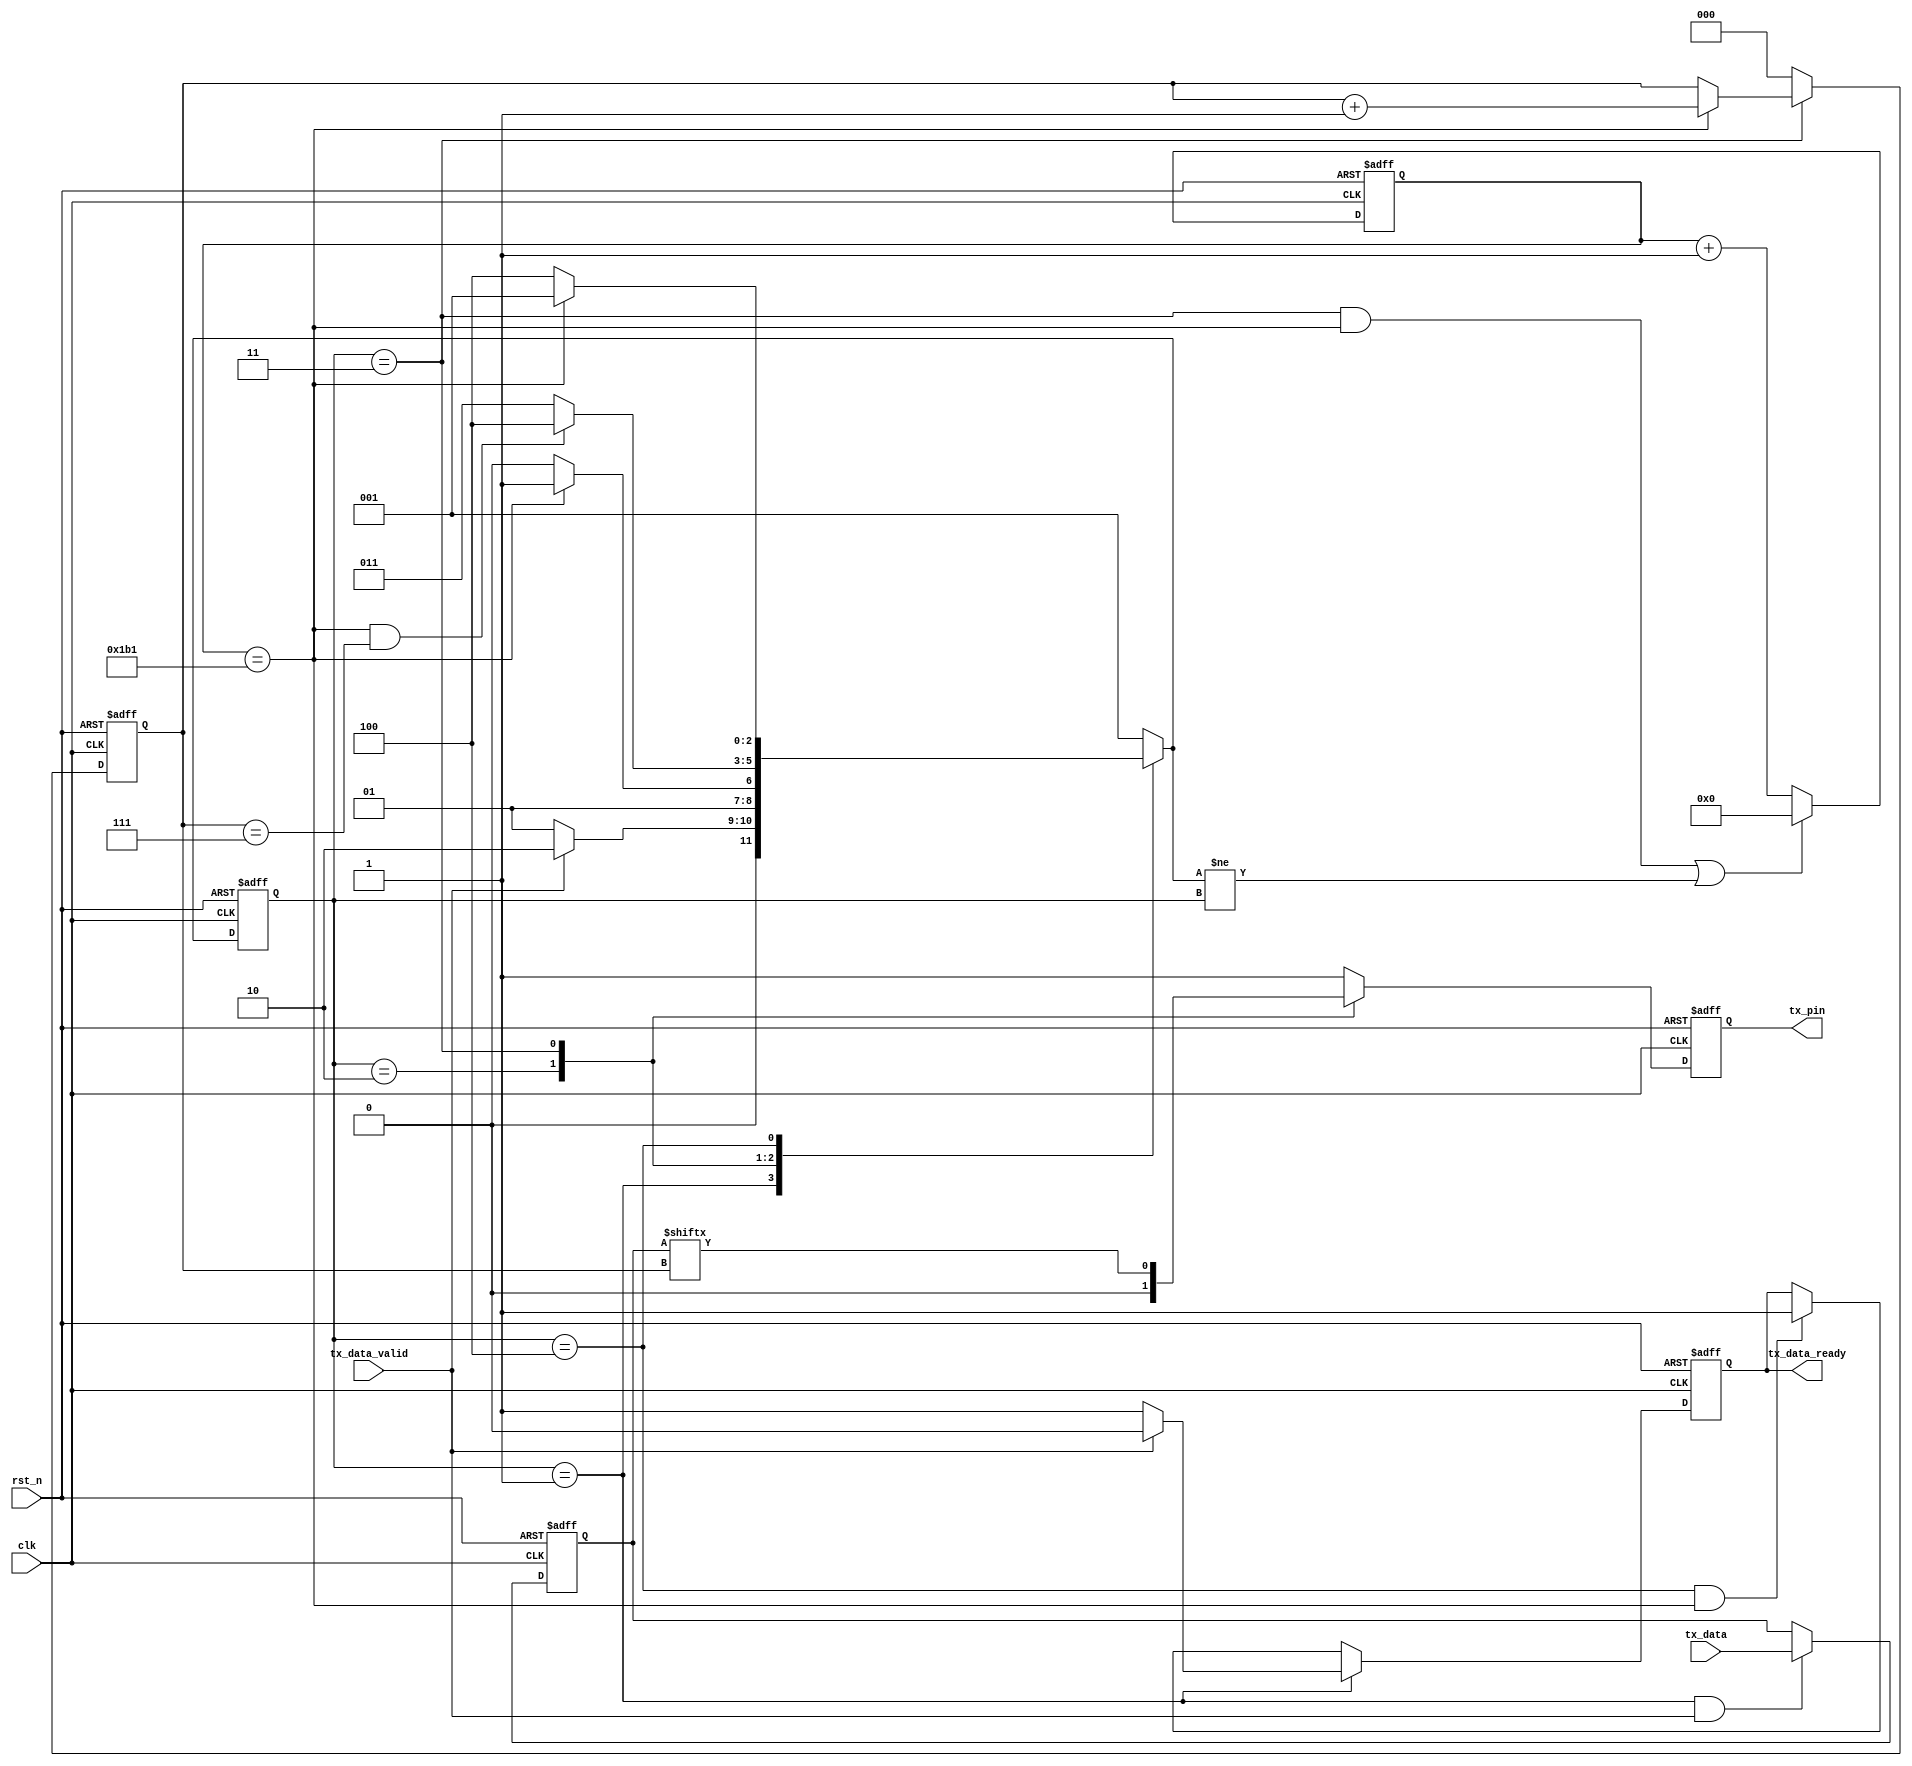
module uart_tx
#(
	parameter CLK_FRE = 50,      //clock frequency(Mhz)
	parameter BAUD_RATE = 115200 //serial baud rate
)
(
	input wire                   clk,              //clock input
	input wire                   rst_n,            //asynchronous reset input, low active 
	input wire [7:0]             tx_data,          //data to send
	input wire                   tx_data_valid,    //data to be sent is valid
	output reg                   tx_data_ready,    //send ready
	output reg                   tx_pin            //serial data output
);
//calculates the clock cycle for baud rate 
localparam                       CYCLE = CLK_FRE * 1000000 / BAUD_RATE;
//state machine code
localparam                       S_IDLE       = 1;
localparam                       S_START      = 2;//start bit
localparam                       S_SEND_BYTE  = 3;//data bits
localparam                       S_STOP       = 4;//stop bit
reg[2:0]                         state;
reg[2:0]                         next_state;
reg[15:0]                        cycle_cnt; //baud counter
reg[2:0]                         bit_cnt;//bit counter
reg[7:0]                         tx_data_latch; //latch data to send
reg                              tx_reg; //serial data output
assign tx_pin = tx_reg;
always@(posedge clk or negedge rst_n)
begin
	if(rst_n == 1'b0)
		state <= S_IDLE;
	else
		state <= next_state;
end

always@(*)
begin
	case(state)
		S_IDLE:
			if(tx_data_valid == 1'b1)
				next_state <= S_START;
			else
				next_state <= S_IDLE;
		S_START:
			if(cycle_cnt == CYCLE - 1)
				next_state <= S_SEND_BYTE;
			else
				next_state <= S_START;
		S_SEND_BYTE:
			if(cycle_cnt == CYCLE - 1  && bit_cnt == 3'd7)
				next_state <= S_STOP;
			else
				next_state <= S_SEND_BYTE;
		S_STOP:
			if(cycle_cnt == CYCLE - 1)
				next_state <= S_IDLE;
			else
				next_state <= S_STOP;
		default:
			next_state <= S_IDLE;
	endcase
end
always@(posedge clk or negedge rst_n)
begin
	if(rst_n == 1'b0)
		begin
			tx_data_ready <= 1'b0;
		end
	else if(state == S_IDLE)
		if(tx_data_valid == 1'b1)
			tx_data_ready <= 1'b0;
		else
			tx_data_ready <= 1'b1;
	else if(state == S_STOP && cycle_cnt == CYCLE - 1)
			tx_data_ready <= 1'b1;
end


always@(posedge clk or negedge rst_n)
begin
	if(rst_n == 1'b0)
		begin
			tx_data_latch <= 8'd0;
		end
	else if(state == S_IDLE && tx_data_valid == 1'b1)
			tx_data_latch <= tx_data;
		
end

always@(posedge clk or negedge rst_n)
begin
	if(rst_n == 1'b0)
		begin
			bit_cnt <= 3'd0;
		end
	else if(state == S_SEND_BYTE)
		if(cycle_cnt == CYCLE - 1)
			bit_cnt <= bit_cnt + 3'd1;
		else
			bit_cnt <= bit_cnt;
	else
		bit_cnt <= 3'd0;
end


always@(posedge clk or negedge rst_n)
begin
	if(rst_n == 1'b0)
		cycle_cnt <= 16'd0;
	else if((state == S_SEND_BYTE && cycle_cnt == CYCLE - 1) || next_state != state)
		cycle_cnt <= 16'd0;
	else
		cycle_cnt <= cycle_cnt + 16'd1;	
end

always@(posedge clk or negedge rst_n)
begin
	if(rst_n == 1'b0)
		tx_reg <= 1'b1;
	else
		case(state)
			S_IDLE,S_STOP:
				tx_reg <= 1'b1; 
			S_START:
				tx_reg <= 1'b0; 
			S_SEND_BYTE:
				tx_reg <= tx_data_latch[bit_cnt];
			default:
				tx_reg <= 1'b1; 
		endcase
end

endmodule